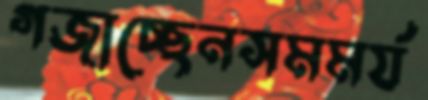
গজাচ্ছেনসমমর্য